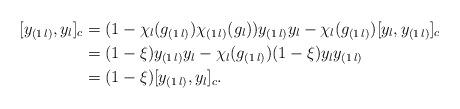
LaTeX: \begin{align*}[y_{(1\,l)},y_l]_c&=(1-\chi_l(g_{(1\,l)})\chi_{(1\,l)}(g_l))y_{(1\,l)}y_l-\chi_l(g_{(1\,l)})[y_l,y_{(1\,l)}]_c\\&=(1-\xi)y_{(1\,l)}y_l-\chi_l(g_{(1\,l)})(1-\xi)y_ly_{(1\,l)}\\&=(1-\xi)[y_{(1\,l)},y_l]_c.\end{align*}